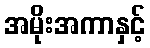
အမိုးအကာနှင့်